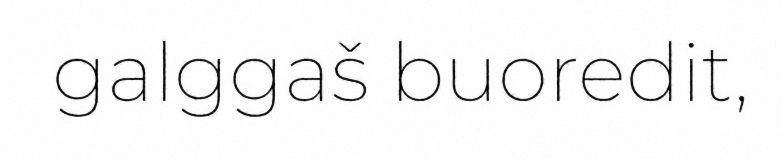
galggaš buoredit,